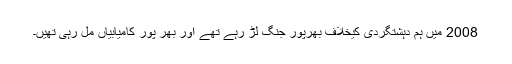
2008 میں ہم دہشتگردی کیخلاف بھرپور جنگ لڑ رہے تھے اور بھر پور کامیابیاں مل رہی تھیں۔